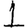
Digit: 1